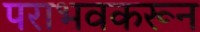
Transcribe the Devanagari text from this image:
पराभवकरून